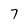
Character: 7